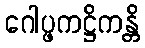
ဂေါပ္ဖကဋ္ဌိကန္တိ